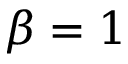
\beta = 1